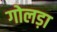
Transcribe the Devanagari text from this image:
गोलड़ा